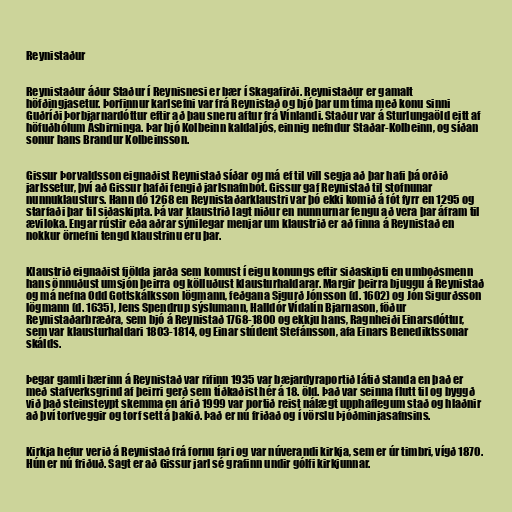
Reynistaður

Reynistaður áður Staður í Reynisnesi er bær í Skagafirði. Reynistaður er gamalt
höfðingjasetur. Þorfinnur karlsefni var frá Reynistað og bjó þar um tíma með konu sinni
Guðríði Þorbjarnardóttur eftir að þau sneru aftur frá Vínlandi. Staður var á Sturlungaöld eitt af
höfuðbólum Ásbirninga. Þar bjó Kolbeinn kaldaljós, einnig nefndur Staðar-Kolbeinn, og síðan
sonur hans Brandur Kolbeinsson.

Gissur Þorvaldsson eignaðist Reynistað síðar og má ef til vill segja að þar hafi þá orðið
jarlssetur, því að Gissur hafði fengið jarlsnafnbót. Gissur gaf Reynistað til stofnunar
nunnuklausturs. Hann dó 1268 en Reynistaðarklaustri var þó ekki komið á fót fyrr en 1295 og
starfaði þar til siðaskipta. Þá var klaustrið lagt niður en nunnurnar fengu að vera þar áfram til
æviloka. Engar rústir eða aðrar sýnilegar menjar um klaustrið er að finna á Reynistað en
nokkur örnefni tengd klaustrinu eru þar.

Klaustrið eignaðist fjölda jarða sem komust í eigu konungs eftir siðaskipti en umboðsmenn
hans önnuðust umsjón þeirra og kölluðust klausturhaldarar. Margir þeirra bjuggu á Reynistað
og má nefna Odd Gottskálksson lögmann, feðgana Sigurð Jónsson (d. 1602) og Jón Sigurðsson
lögmann (d. 1635), Jens Spendrup sýslumann, Halldór Vídalín Bjarnason, föður
Reynistaðarbræðra, sem bjó á Reynistað 1768-1800 og ekkju hans, Ragnheiði Einarsdóttur,
sem var klausturhaldari 1803-1814, og Einar stúdent Stefánsson, afa Einars Benediktssonar
skálds.

Þegar gamli bærinn á Reynistað var rifinn 1935 var bæjardyraportið látið standa en það er
með stafverksgrind af þeirri gerð sem tíðkaðist hér á 18. öld. Það var seinna flutt til og byggð
við það steinsteypt skemma en árið 1999 var portið reist nálægt upphaflegum stað og hlaðnir
að því torfveggir og torf sett á þakið. Það er nú friðað og í vörslu Þjóðminjasafnsins.

Kirkja hefur verið á Reynistað frá fornu fari og var núverandi kirkja, sem er úr timbri, vígð 1870.
Hún er nú friðuð. Sagt er að Gissur jarl sé grafinn undir gólfi kirkjunnar.